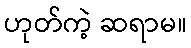
ဟုတ်ကဲ့ ဆရာမ။